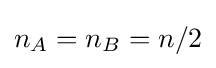
n_{A}=n_{B}=n/2